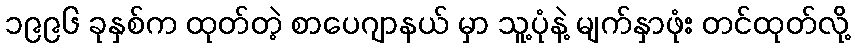
၁၉၉၆ ခုနှစ်က ထုတ်တဲ့ စာပေဂျာနယ် မှာ သူ့ပုံနဲ့ မျက်နှာဖုံး တင်ထုတ်လို့